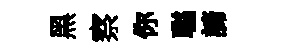
黑察你聮諦